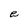
Character: e